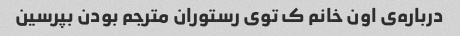
درباره‌ی اون خانم ک توی رستوران مترجم بودن بپرسین